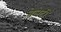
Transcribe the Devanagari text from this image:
बेलेटी